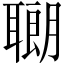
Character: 𫆍